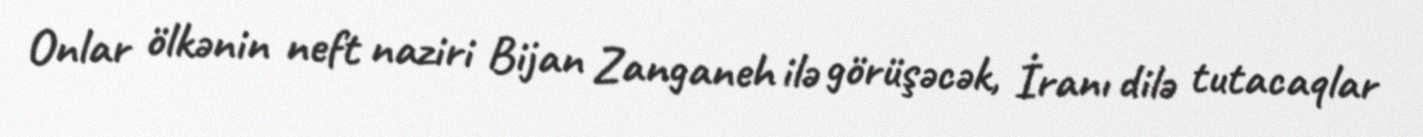
Onlar ölkənin neft naziri Bijan Zanganeh ilə görüşəcək, İranı dilə tutacaqlar